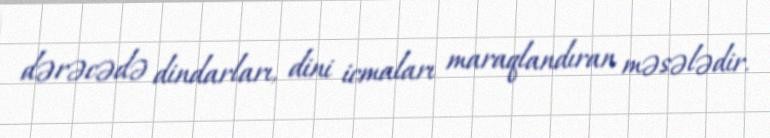
dərəcədə dindarları, dini icmaları maraqlandıran məsələdir.